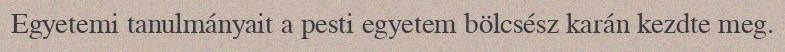
Egyetemi tanulmányait a pesti egyetem bölcsész karán kezdte meg.